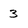
Character: 3